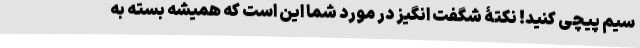
سیم پیچی کنید! نکتۀ شگفت انگیز در مورد شما این است که همیشه بسته به